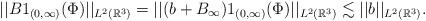
LaTeX: \begin{align*}||B1_{(0,\infty)}(\Phi)||_{L^{2}(\mathbb{R}^{3})}=||(b+B_\infty)1_{(0,\infty)}(\Phi)||_{L^{2}(\mathbb{R}^{3})}\lesssim ||b||_{L^{2}(\mathbb{R}^{3})}.\end{align*}